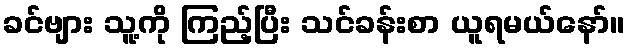
ခင်ဗျား သူ့ကို ကြည့်ပြီး သင်ခန်းစာ ယူရမယ်နော်။